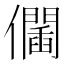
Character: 𠑆